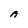
Character: A